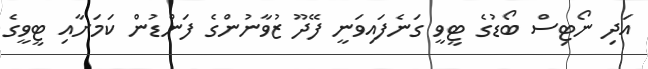
އަދި ނޯޓިސް ބޯޑުގެ ޓީވީ ގަނެފައިވަނީ ފޭދޫ ޒުވާނުންގެ ފަންޑުން ކަމަށާއި ޓީވީގެ